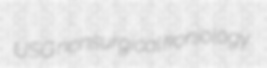
USG nonsurgical koniology